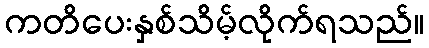
ကတိပေးနှစ်သိမ့်လိုက်ရသည်။